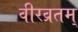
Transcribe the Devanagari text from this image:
वीरव्रतम्‌